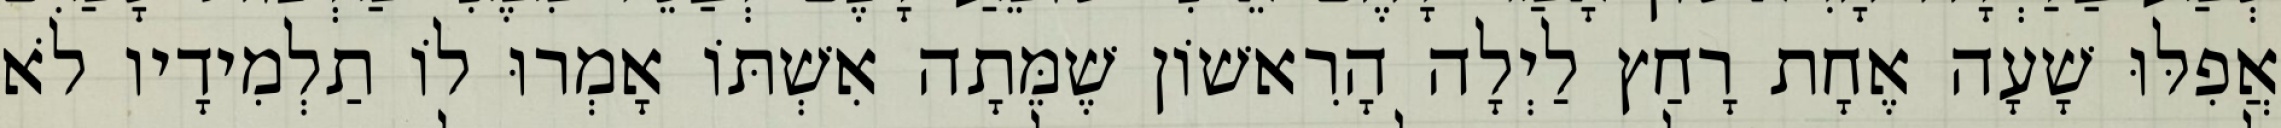
אֲפִלּוּ שָׁעָה אֶחָת רָחַץ לַיְלָה הָרִאשׁוֹן שֶׁמֵּתָה אִשְׁתּוֹ אָמְרוּ לוֹ תַלְמִידָיו לֹא